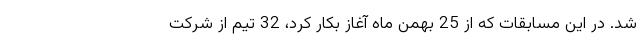
شد. در این مسابقات که از 25 بهمن ماه آغاز بکار کرد، 32 تیم از شرکت